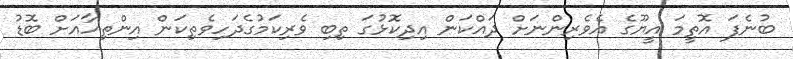
ބުނެފަ އޮތީމަ އީޔޫގެ އެވެރިންނަށް ދައްކަން އިދިކޮޅުުގަ ތިބި ވެރިކަމުގެދަހިވެތިކަން އިންތިހާއަށް ބޮޑު